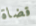
قضاة